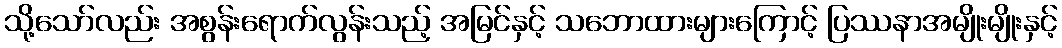
သို့သော်လည်း အစွန်းရောက်လွန်းသည့် အမြင်နှင့် သဘောထားများကြောင့် ပြဿနာအမျိုးမျိုးနှင့်